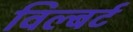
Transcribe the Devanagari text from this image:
विल्बर्ट